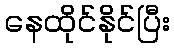
နေထိုင်နိုင်ပြီး